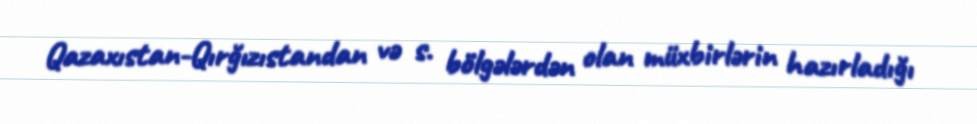
Qazaxıstan-Qırğızıstandan və s. bölgələrdən olan müxbirlərin hazırladığı